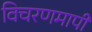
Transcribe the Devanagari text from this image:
विचरणमापी